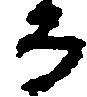
而